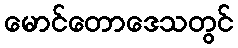
မောင်တောဒေသတွင်